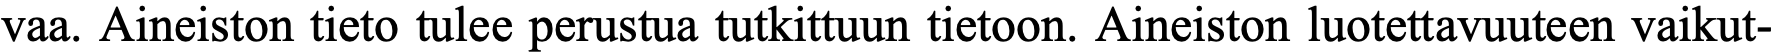
vaa. Aineiston tieto tulee perustua tutkittuun tietoon. Aineiston luotettavuuteen vaikut-